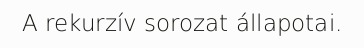
A rekurzív sorozat állapotai.